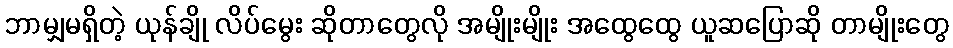
ဘာမျှမရှိတဲ့ ယုန်ချို လိပ်မွေး ဆိုတာတွေလို အမျိုးမျိုး အထွေထွေ ယူဆပြောဆို တာမျိုးတွေ